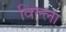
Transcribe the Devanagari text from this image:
विल्‍ला